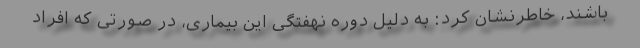
باشند، خاطرنشان کرد: به دلیل دوره نهفتگی این بیماری، در صورتی که افراد